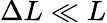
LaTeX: \Delta L\ll L